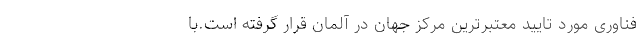
فناوری مورد تایید معتبرترین مركز جهان در آلمان قرار گرفته است.با